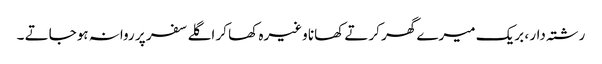
رشتہ دار ، بریک میرے گھر کرتے کھانا وغیرہ کھا کر اگلے سفر پر روانہ ہوجاتے ۔